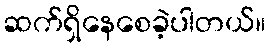
ဆက်ရှိနေစေခဲ့ပါတယ်။